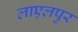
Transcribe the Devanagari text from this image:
लाएलपुर